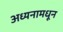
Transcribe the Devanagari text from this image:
अध्यनामधून